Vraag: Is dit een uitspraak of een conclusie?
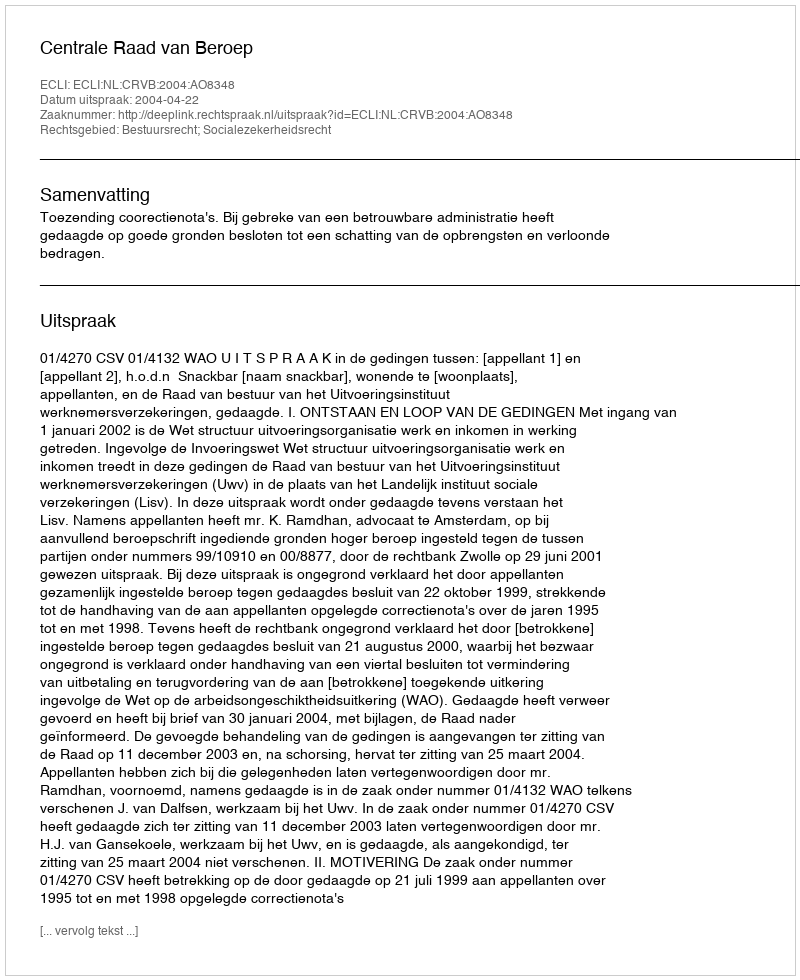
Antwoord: Uitspraak